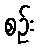
စဉ်း